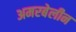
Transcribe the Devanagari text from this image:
अमरबेलीन